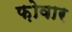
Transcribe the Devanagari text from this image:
फ़ोवार